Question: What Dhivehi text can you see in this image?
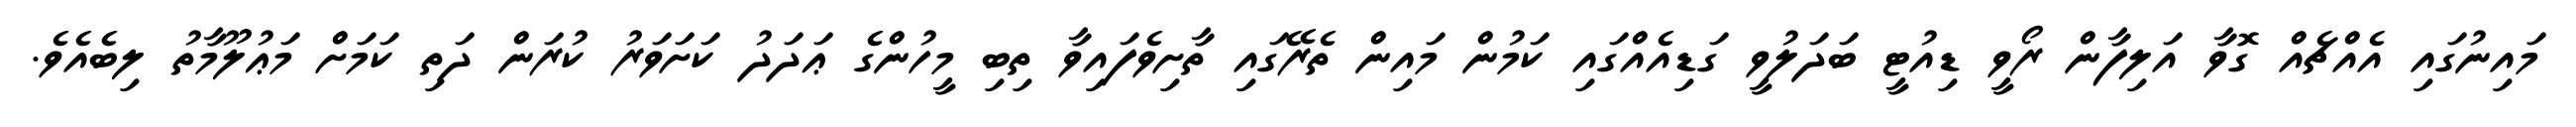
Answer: މައިނުގައި އެއްޗެއް ގޮވާ އަލިފާން ރޯވީ ޑިއުޓީ ބަދަލުވީ ގަޑިއެއްގައި ކަމުން މައިން ތެރޭގައި ތާށިވެފައިވާ ތިބި މީހުންގެ ޢަދަދު ކަށަވަރު ކުރަން ދަތި ކަމަށް މަޢުލޫމާތު ލިބެއެވެ.